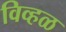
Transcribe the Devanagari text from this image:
विव्हळ